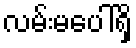
လမ်းမပေါ်ရှိ